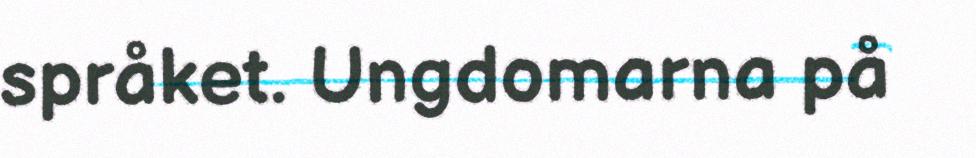
språket. Ungdomarna på